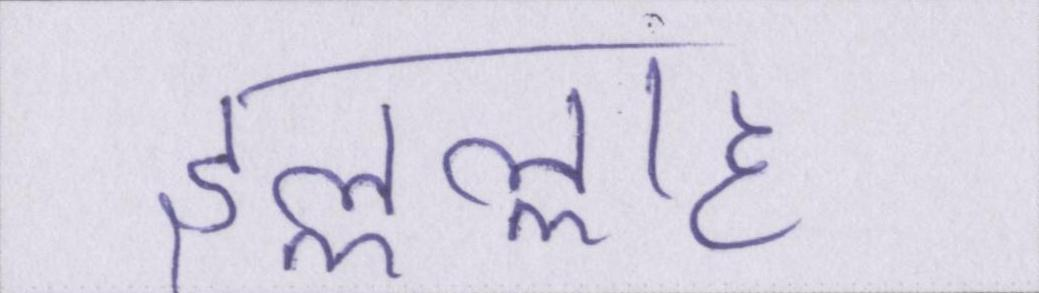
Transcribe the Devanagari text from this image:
इल्लल्लाह